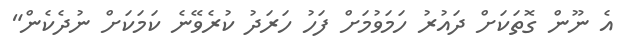
އެ ނޫން ގޮތަކަށް ދައުރު ހަމަވުމަށް ފަހު ހަރަދު ކުރެވޭނެ ކަމަކަށް ނުދެކެން"